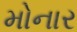
મોનાર